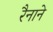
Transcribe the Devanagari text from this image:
रैनाने